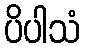
ပိပါသံ